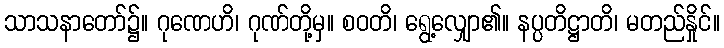
သာသနာတော်၌။ ဂုဏေဟိ၊ ဂုဏ်တို့မှ။ စဝတိ၊ ရွေ့လျှော၏။ နပ္ပတိဋ္ဌာတိ၊ မတည်နှိုင်။